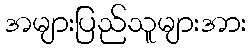
အများပြည်သူများအား